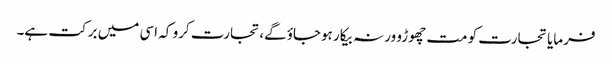
فرمایا تجارت کو مت چھوڑو ورنہ بیکار ہوجاؤگے،تجارت کرو کہ اسی میں برکت ہے۔